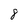
Character: 8